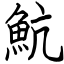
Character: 魧